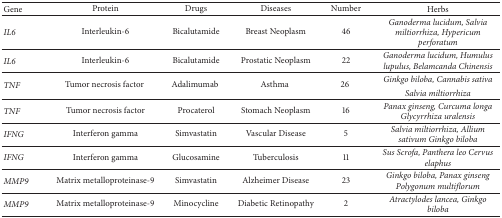
<table><thead><tr><td><b>Gene </b></td><td><b>Protein </b></td><td><b>Drugs </b></td><td><b>Diseases </b></td><td><b>Number </b></td><td><b>Herbs </b></td></tr></thead><tbody><tr><td><i>IL6 </i></td><td>Interleukin-6 </td><td>Bicalutamide </td><td>Breast Neoplasm </td><td>46 </td><td><i>Ganoderma lucidum, Salvia miltiorrhiza, Hypericum perforatum </i></td></tr><tr><td><i>IL6 </i></td><td>Interleukin-6 </td><td>Bicalutamide </td><td>Prostatic Neoplasm </td><td>22 </td><td><i>Ganoderma lucidum, Humulus lupulus, Belamcanda Chinensis </i></td></tr><tr><td rowspan="2"><i>TNF </i></td><td rowspan="2">Tumor necrosis factor </td><td rowspan="2">Adalimumab </td><td rowspan="2">Asthma </td><td rowspan="2">26 </td><td><i>Ginkgo biloba, Cannabis sativa </i></td></tr><tr><td><i>Salvia miltiorrhiza </i></td></tr><tr><td><i>TNF </i></td><td>Tumor necrosis factor </td><td>Procaterol </td><td>Stomach Neoplasm </td><td>16 </td><td><i>Panax ginseng, Curcuma longa Glycyrrhiza uralensis </i></td></tr><tr><td><i>IFNG </i></td><td>Interferon gamma </td><td>Simvastatin </td><td>Vascular Disease </td><td>5 </td><td><i>Salvia miltiorrhiza, Allium sativum Ginkgo biloba </i></td></tr><tr><td><i>IFNG </i></td><td>Interferon gamma </td><td>Glucosamine </td><td>Tuberculosis </td><td>11 </td><td><i>Sus Scrofa, Panthera leo Cervus elaphus </i></td></tr><tr><td><i>MMP9 </i></td><td>Matrix metalloproteinase-9 </td><td>Simvastatin </td><td>Alzheimer Disease </td><td>23 </td><td><i>Ginkgo biloba, Panax ginseng Polygonum multiflorum </i></td></tr><tr><td><i>MMP9 </i></td><td>Matrix metalloproteinase-9 </td><td>Minocycline </td><td>Diabetic Retinopathy </td><td>2 </td><td><i>Atractylodes lancea, Ginkgo biloba </i></td></tr></tbody></table>